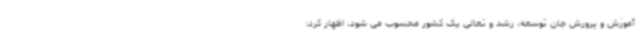
آموزش و پرورش جان توسعه، رشد و تعالی یک کشور محسوب می شود، اظهار کرد: